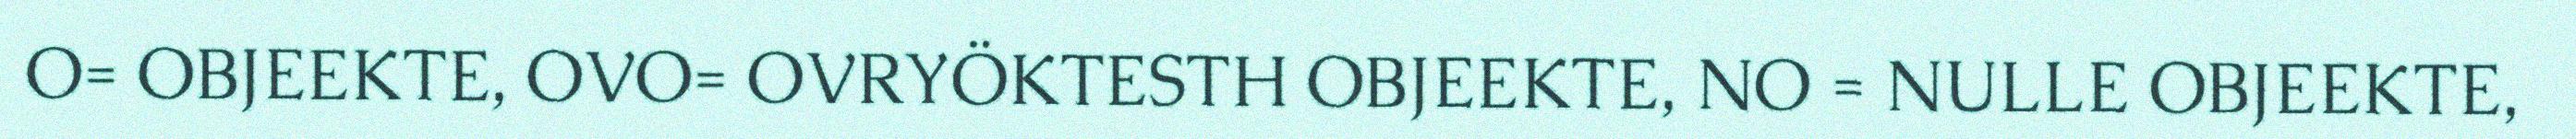
O= OBJEEKTE, OVO= OVRYÖKTESTH OBJEEKTE, NO = NULLE OBJEEKTE,